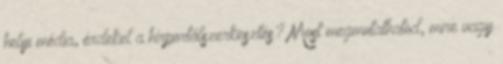
helyi média, érdekel a hírportálszerkesztés? Most megmutathatod, mire vagy